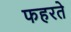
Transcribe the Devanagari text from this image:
फहरते